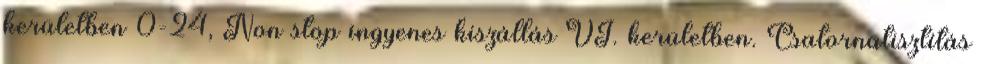
kerületben 0-24, Non stop ingyenes kiszállás VI. kerületben. Csatornatisztítás